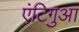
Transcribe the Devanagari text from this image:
एंटिगुआ